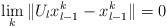
LaTeX: \begin{align*}\lim_{k}\Vert U_{l}x_{l-1}^{k}-x_{l-1}^{k}\Vert =0\end{align*}